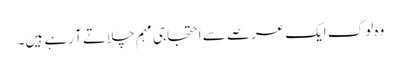
وہ لوگ ایک عرصے سے احتجاجی مہم چلاتے آ رہے ہیں۔